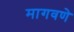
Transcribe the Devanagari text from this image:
मागवणे